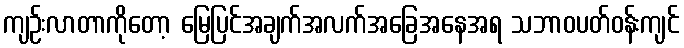
ကျဉ်းလာတာကိုတော့ မြေပြင်အချက်အလက်အခြေအနေအရ သဘာဝပတ်ဝန်းကျင်